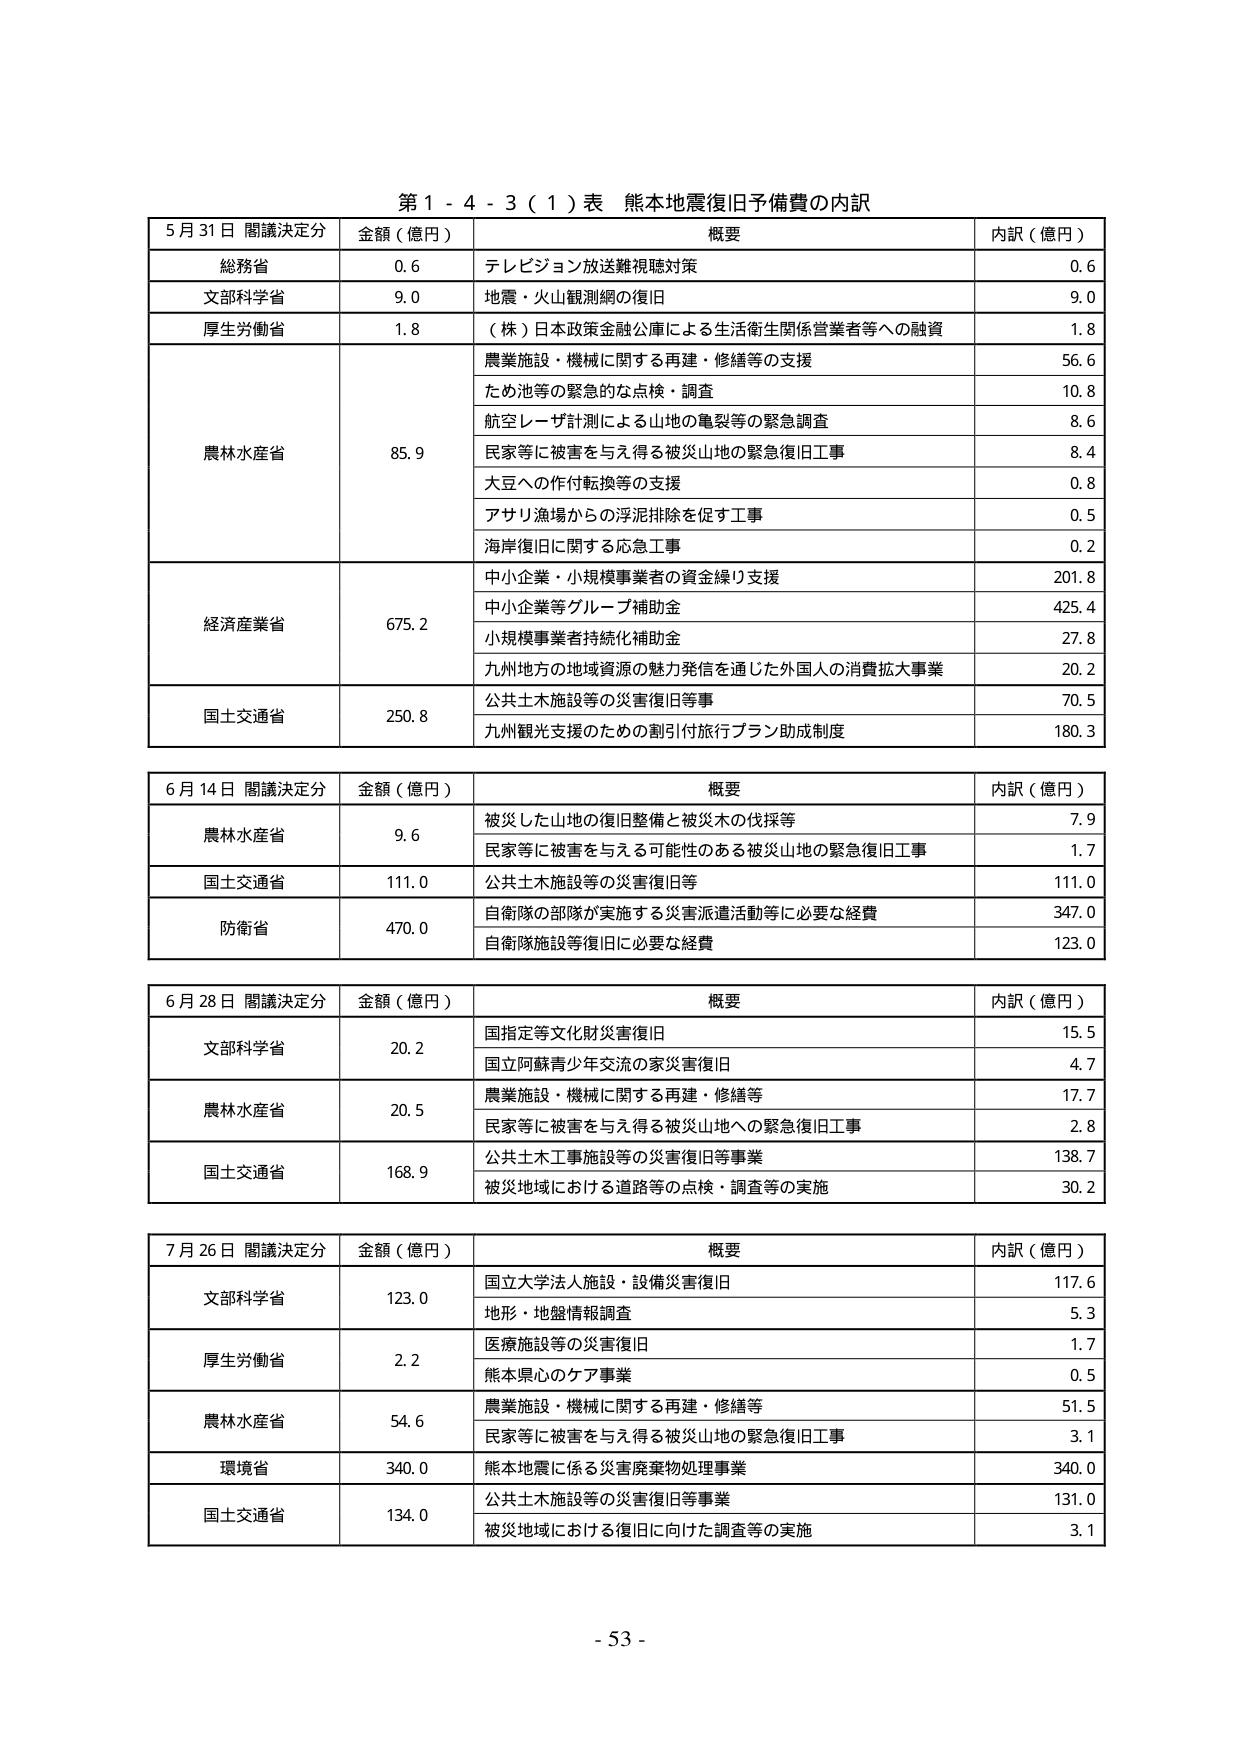
第１－４－３（１）表 熊本地震復旧予備費の内訳

5月31日 閣議決定分
金額（億円）
概要
内訳（億円）

総務省
0.6
テレビジョン放送難視聴対策
0.6

文部科学省
9.0
地震・火山観測網の復旧
9.0

厚生労働省
1.8
（株）日本政策金融公庫による生活衛生関係営業者等への融資
1.8

農林水産省
85.9
農業施設・機械に関する再建・修繕等の支援
56.6
ため池等の緊急的な点検・調査
10.8
航空レーザ計測による山地の亀裂等の緊急調査
8.6
民家等に被害を与える被災山地の緊急復旧工事
8.4
大豆への作付転換等の支援
0.8
アサリ漁場からの浮泥排除を促す工事
0.5
海岸復旧に関する応急工事
0.2

経済産業省
675.2
中小企業・小規模事業者の資金繰り支援
201.8
中小企業等グループ補助金
425.4
小規模事業者持続化補助金
27.8
九州地方の地域資源の魅力発信を通じた外国人の消費拡大事業
20.2

国土交通省
250.8
公共土木施設等の災害復旧等事
70.5
九州観光支援のための割引旅行プラン助成制度
180.3

6月14日 閣議決定分
金額（億円）
概要
内訳（億円）

農林水産省
9.6
被災した山地の復旧整備と被災木の伐採等
7.9
民家等に被害を与える可能性のある被災山地の緊急復旧工事
1.7

国土交通省
111.0
公共土木施設等の災害復旧等
111.0

防衛省
470.0
自衛隊の部隊が実施する災害派遣活動等に必要な経費
347.0
自衛隊施設等復旧に必要な経費
123.0

6月28日 閣議決定分
金額（億円）
概要
内訳（億円）

文部科学省
20.2
国指定等文化財災害復旧
15.5
国立阿蘇青少年交流の家災害復旧
4.7

農林水産省
20.5
農業施設・機械に関する再建・修繕等
17.7
民家等に被害を与える被災山地への緊急復旧工事
2.8

国土交通省
168.9
公共土木工事施設等の災害復旧等事業
138.7
被災地域における道路等の点検・調査等の実施
30.2

7月26日 閣議決定分
金額（億円）
概要
内訳（億円）

文部科学省
123.0
国立大学法人施設・設備災害復旧
117.6
地形・地盤情報調査
5.3

厚生労働省
2.2
医療施設等の災害復旧
1.7
熊本県心のケア事業
0.5

農林水産省
54.6
農業施設・機械に関する再建・修繕等
51.5
民家等に被害を与える被災山地の緊急復旧工事
3.1

環境省
340.0
熊本地震に係る災害廃棄物処理事業
340.0

国土交通省
134.0
公共土木施設等の災害復旧等事業
131.0
被災地域における復旧に向けた調査等の実施
3.1

- 53 -